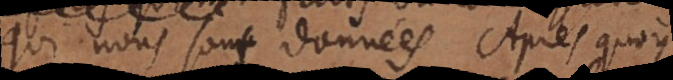
qui nous sont données. Après quoy